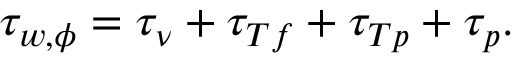
\tau _ { w , \phi } = \tau _ { \nu } + \tau _ { T f } + \tau _ { T p } + \tau _ { p } .